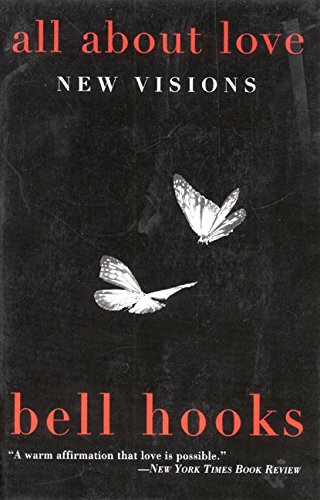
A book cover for All About Love: New Visions; bell hooks; Humor & Entertainment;